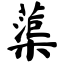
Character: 蕖